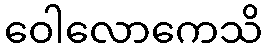
ဝေါလောကေသိ